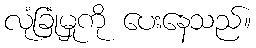
လုံခြုံမှုကို ပေးနေသည်။